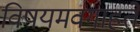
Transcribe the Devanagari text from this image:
विषयमवगाहते